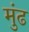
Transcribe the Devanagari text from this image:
मुंढ